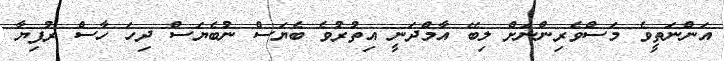
އަންނަތީވެ މަސްވެރިންނަށް ލިބޭ އާމްދަނީ އިތުރުވެ ބެޔަސް ނުބެޔަސް ދިހަ ހާސް ރުފިޔާ